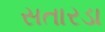
સતારડા